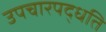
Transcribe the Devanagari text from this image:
उपचारपद्धति